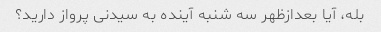
بله، آیا بعدازظهر سه شنبه آینده به سیدنی پرواز دارید؟